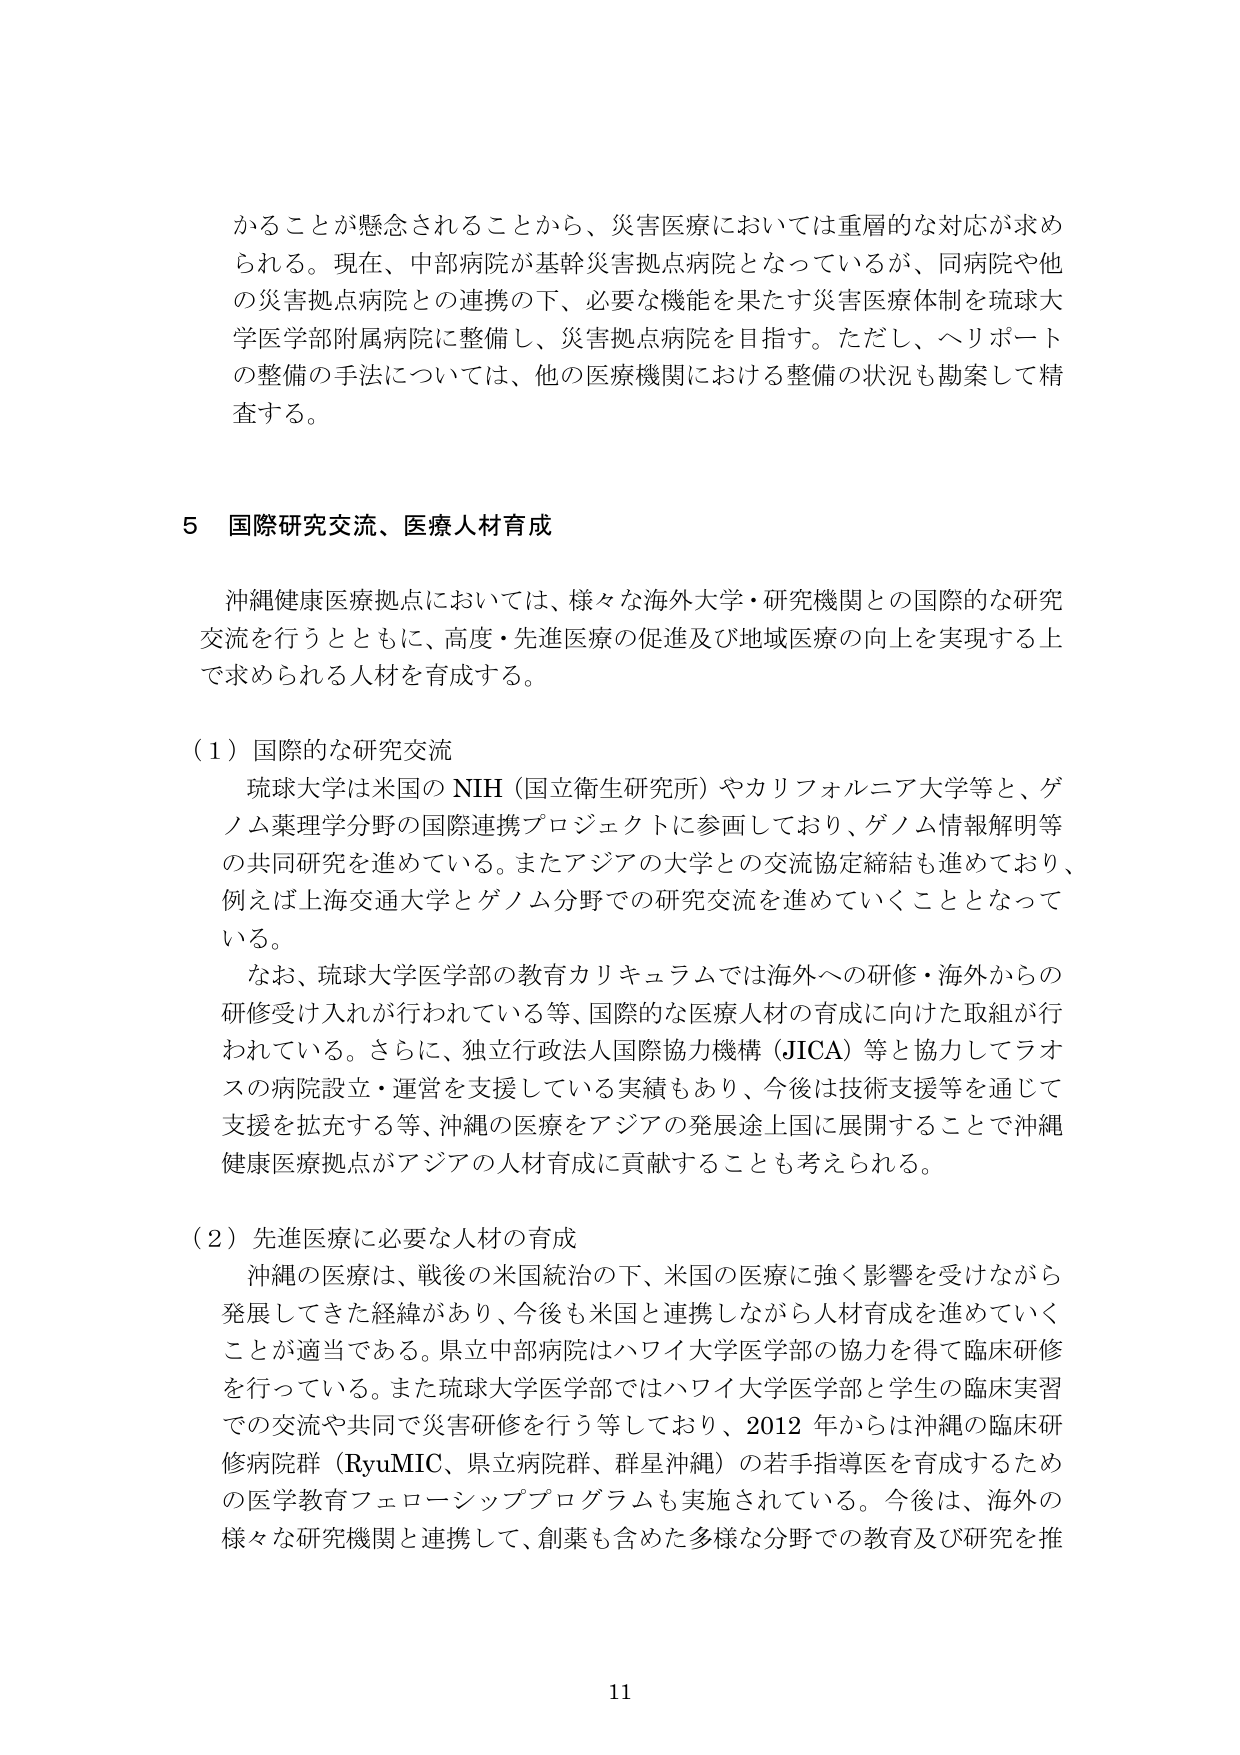
かることが懸念されることから、災害医療においては重層的な対応が求められる。現在、中部病院が基幹災害拠点病院となっているが、同病院や他の災害拠点病院との連携の下、必要な機能を果たす災害医療体制を琉球大学医学部附属病院に整備し、災害拠点病院を目指す。ただし、ヘリポートの整備の手法については、他の医療機関における整備の状況も勘案して精査する。

5 国際研究交流、医療人材育成

沖縄健康医療拠点においては、様々な海外大学・研究機関との国際的な研究交流を行うとともに、高度・先進医療の促進及び地域医療の向上を実現する上で求められる人材を育成する。

（1）国際的な研究交流
琉球大学は米国の NIH（国立衛生研究所）やカリフォルニア大学等と、ゲノム薬理学分野の国際連携プロジェクトに参画しており、ゲノム情報解明等の共同研究を進めている。またアジアの大学との交流協定締結も進めており、例えば上海交通大学とゲノム分野での研究交流を進めていくこととなっている。
なお、琉球大学医学部の教育カリキュラムでは海外への研修・海外からの研修受け入れが行われている等、国際的な医療人材の育成に向けた取組が行われている。さらに、独立行政法人国際協力機構（JICA）等と協力してラオスの病院設立・運営を支援している実績もあり、今後は技術支援等を通じて支援を拡充する等、沖縄の医療をアジアの発展途上国に展開することで沖縄健康医療拠点がアジアの人材育成に貢献することも考えられる。

（2）先進医療に必要な人材の育成
沖縄の医療は、戦後の米国統治の下、米国の医療に強く影響を受けながら発展してきた経緯があり、今後も米国と連携しながら人材育成を進めていくことが適当である。県立中部病院はハワイ大学医学部の協力を得て臨床研修を行っている。また琉球大学医学部ではハワイ大学医学部と学生の臨床実習での交流や共同で災害研修を行う等しており、2012 年からは沖縄の臨床研修病院群（RyuMIC、県立病院群、群星沖縄）の若手指導医を育成するための医学教育フェローシッププログラムも実施されている。今後は、海外の様々な研究機関と連携して、創薬も含めた多様な分野での教育及び研究を推

11